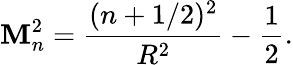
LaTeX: \mathbf{M}_{n}^{2}=\frac{{(n+1/2)^{2}}}{{R^{2}}}-\frac{{1}}{{2}}.